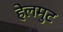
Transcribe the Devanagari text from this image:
हेलमुट